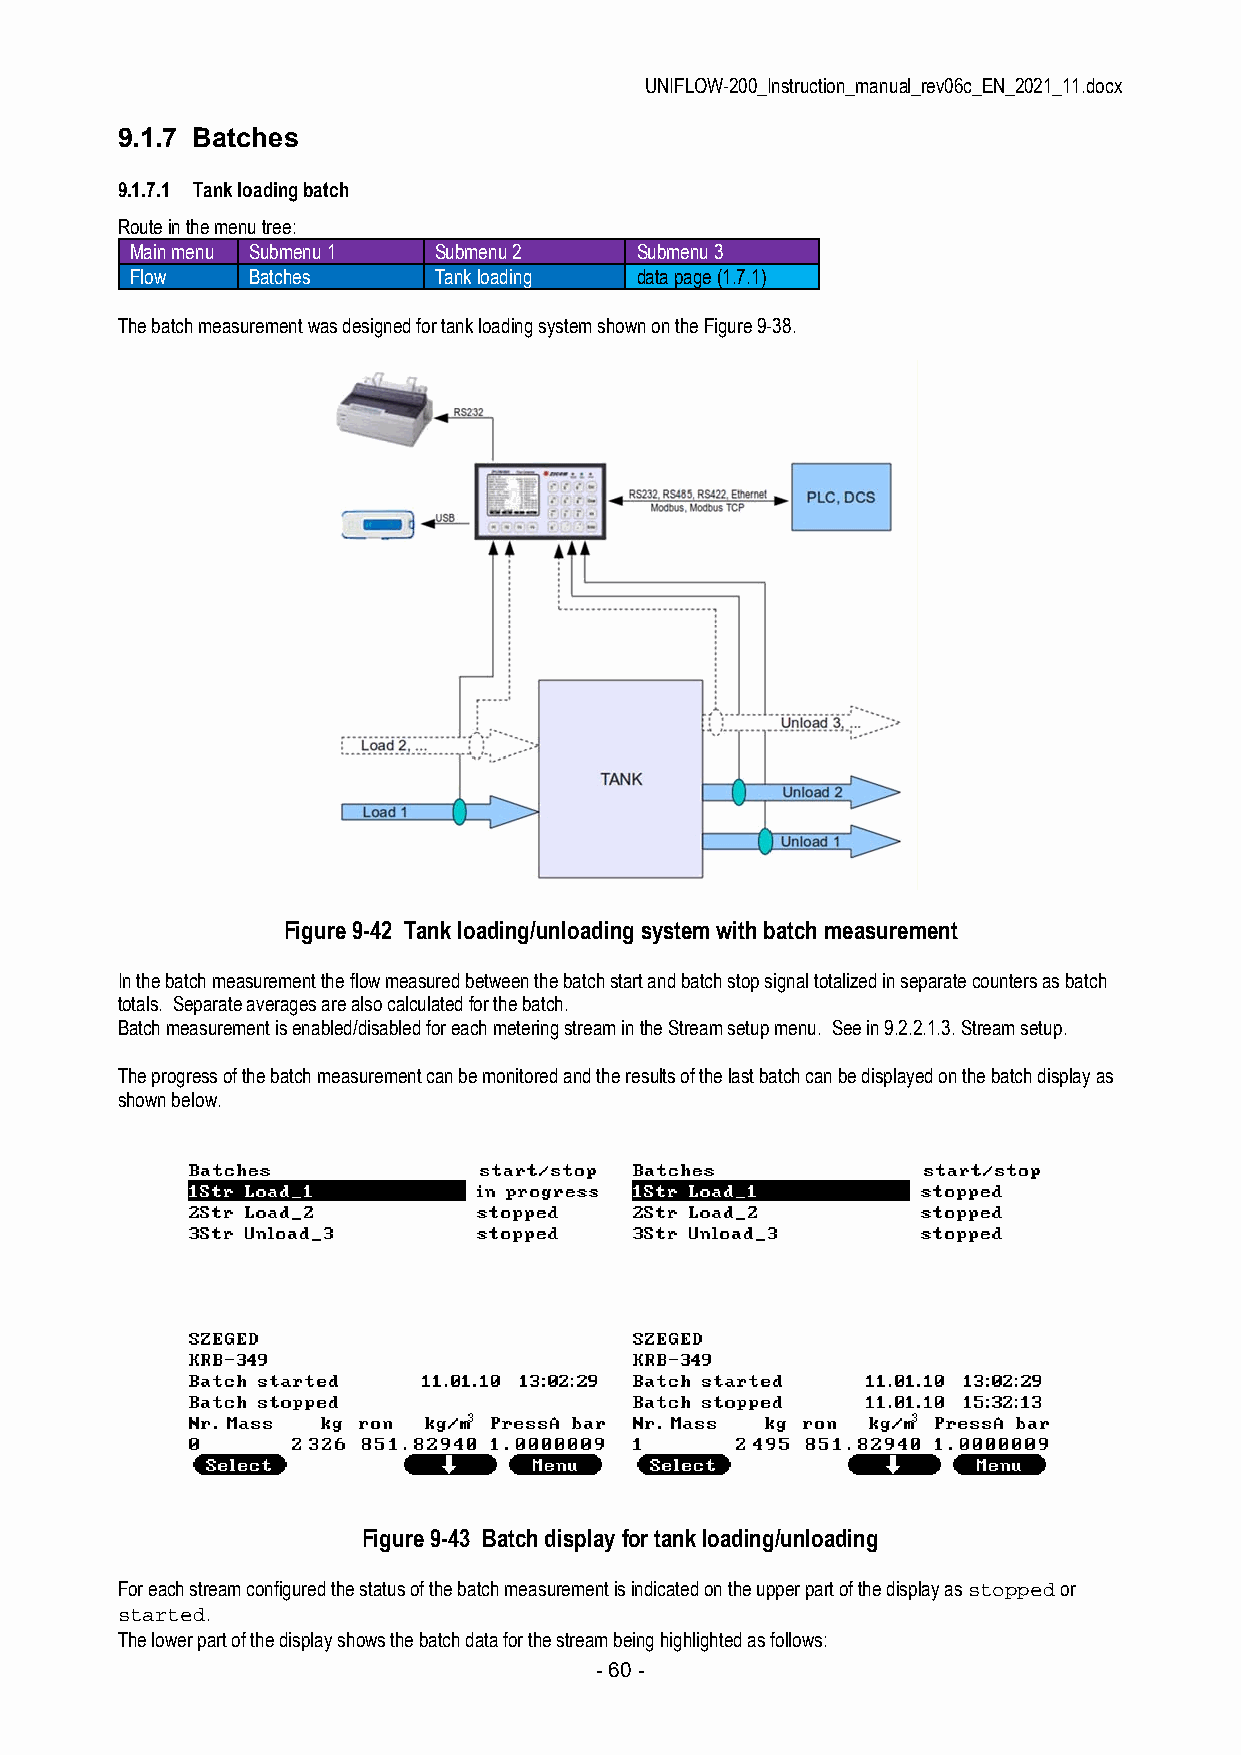
UNIFLOW-200_Instruction_manual_rev06c_EN_2021_11.docx
 9.1.7 Batches
 9.1.7.1 Tank loading batch
 Route in the menu tree:
 Main menu Submenu 1 Submenu 2    Submenu 3
 Flow   Batches      Tank loading data page (1.7.1)
 The batch measurement was designed for tank loading system shown on the Figure 9-38.
 Figure 9-42 Tank loading/unloading system with batch measurement
 In the batch measurement the flow measured between the batch start and batch stop signal totalized in separate counters as batch
 totals. Separate averages are also calculated for the batch.
 Batch measurement is enabled/disabled for each metering stream in the Stream setup menu. See in 9.2.2.1.3. Stream setup.
 The progress of the batch measurement can be monitored and the results of the last batch can be displayed on the batch display as
 shown below.
 Figure 9-43 Batch display for tank loading/unloading
 For each stream configured the status of the batch measurement is indicated on the upper part of the display as stopped or
 started.
 The lower part of the display shows the batch data for the stream being highlighted as follows:
 - 60 -